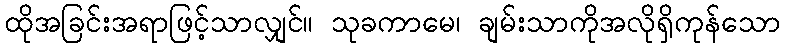
ထိုအခြင်းအရာဖြင့်သာလျှင်။ သုခကာမေ၊ ချမ်းသာကိုအလိုရှိကုန်သော